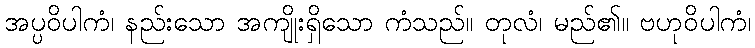
အပ္ပဝိပါကံ၊ နည်းသော အကျိုးရှိသော ကံသည်။ တုလံ၊ မည်၏။ ဗဟုဝိပါကံ၊